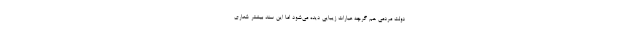
دولت مردمی هم گرچه عبارات زیبایی دیده می‌شود اما این سند بیشتر شعاری